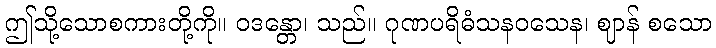
ဤသို့သောစကားတို့ကို။ ဝဒန္တော၊ သည်။ ဂုဏပရိဓံသနဝသေန၊ ဈာန် စသော